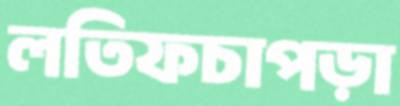
লতিফচাপড়া